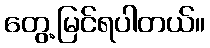
တွေ့မြင်ရပါတယ်။